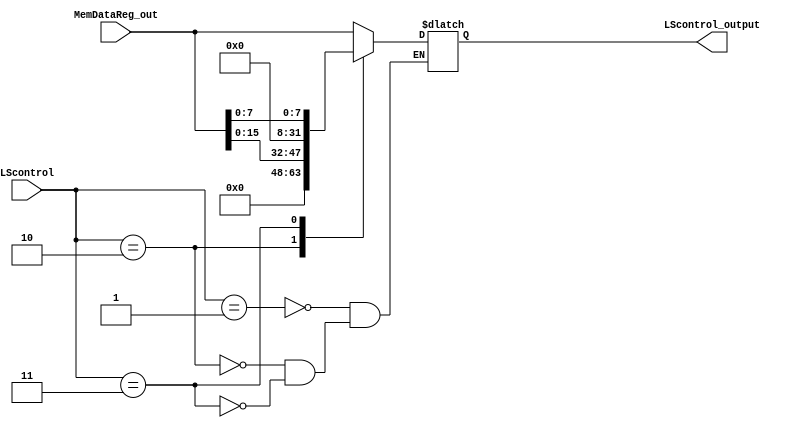
module LoadSize(
    input wire [1:0] LScontrol,
    input wire [31:0] MemDataReg_out,

    output reg [31:0] LScontrol_output
);

    always @(*) begin
        case (LScontrol)
            2'b01: // lw
                LScontrol_output <= MemDataReg_out;
            2'b10: // lh
                LScontrol_output <= {16'd0, MemDataReg_out[15:0]};
            2'b11: // lb
                LScontrol_output <= {24'd0, MemDataReg_out[7:0]};
        endcase
    end
endmodule